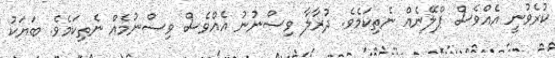
ކުރެވުނީ އެއްވެސް ޕްލޭނެއް ނެތިކަމެވެ. ދުރާލާ ވިސްނުނު އެއްވެސް ވިސްނުމެއް ނެތިކަމެވެ. ބަޔަކު